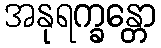
အနုရက္ခန္တော